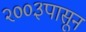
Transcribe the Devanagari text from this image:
२००३पासून